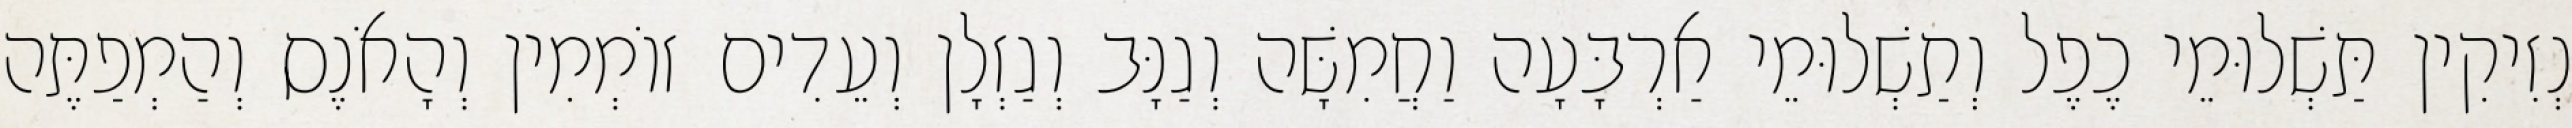
נְזִיקִין תַּשְׁלוּמֵי כֶפֶל וְתַשְׁלוּמֵי אַרְבָּעָה וַחֲמִשָּׁה וְגַנָּב וְגַזְלָן וְעֵדִים זוֹמְמִין וְהָאֹנֶס וְהַמְפַתֶּה